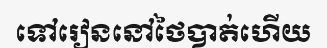
ទៅរៀននៅថៃបាត់ហើយ